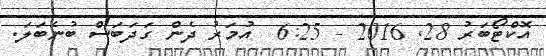
އޮކްޓޯބަރު 28